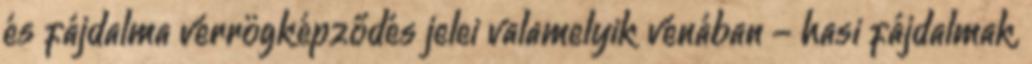
és fájdalma vérrögképződés jelei valamelyik vénában - hasi fájdalmak,